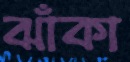
ঝাঁকা